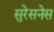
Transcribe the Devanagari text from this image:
सुरेसनेस